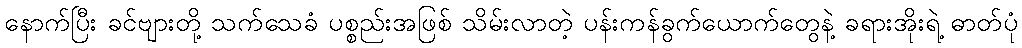
နောက်ပြီး ခင်ဗျားတို့ သက်သေခံ ပစ္စည်းအဖြစ် သိမ်းလာတဲ့ ပန်းကန်ခွက်ယောက်တွေနဲ့ ခရားအိုးရဲ့ ဓာတ်ပုံ